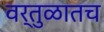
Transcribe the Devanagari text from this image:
वर्तुळातच